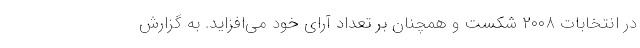
در انتخابات ۲۰۰۸ شکست و همچنان بر تعداد آرای خود می‌افزاید. به گزارش